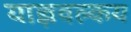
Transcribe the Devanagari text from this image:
याज्ञवल्‍कय